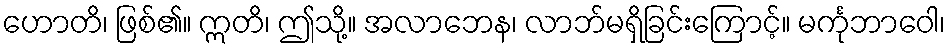
ဟောတိ၊ ဖြစ်၏။ ဣတိ၊ ဤသို့။ အလာဘေန၊ လာဘ်မရှိခြင်းကြောင့်။ မင်္ကုဘာဝေါ၊